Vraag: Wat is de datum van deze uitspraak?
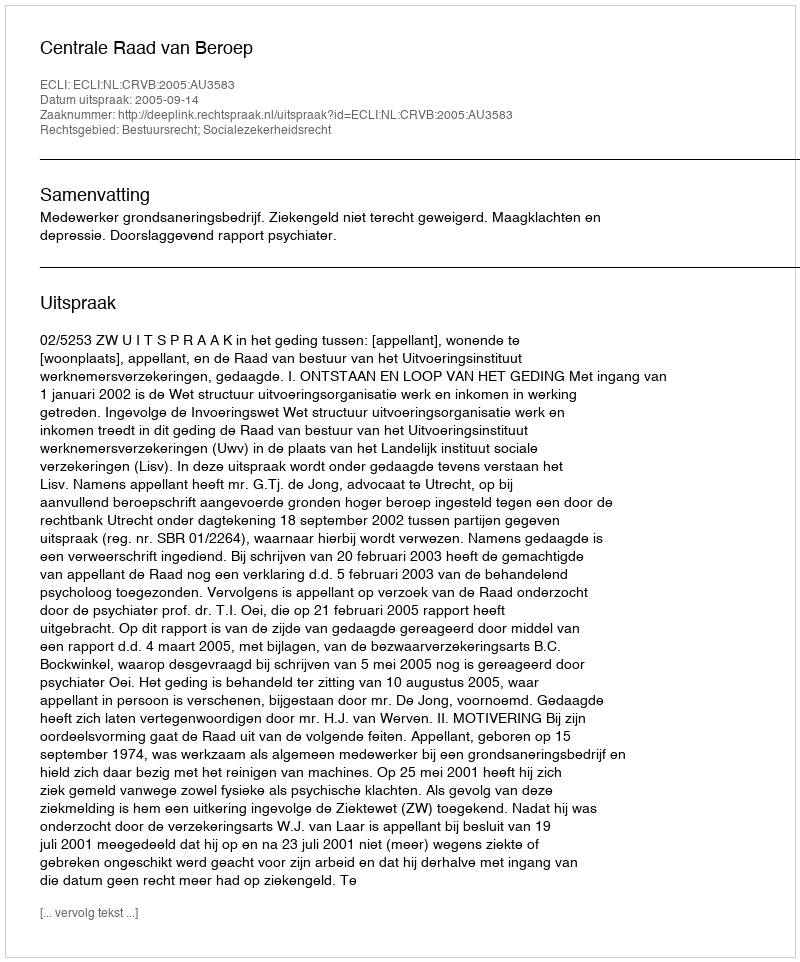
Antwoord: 2005-09-14